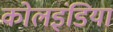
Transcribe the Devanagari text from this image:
कोलइंडिया